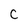
Character: c